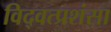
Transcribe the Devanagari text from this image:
विद्वत्प्रशंसा